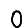
Digit: 0